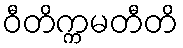
ဝီတိက္ကမတီတိ